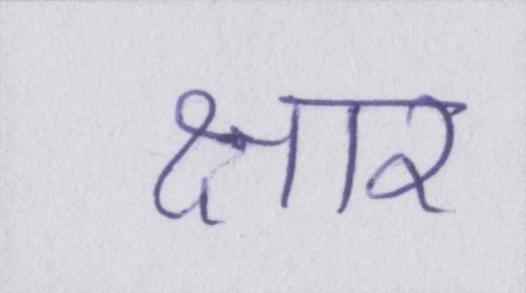
क्षार